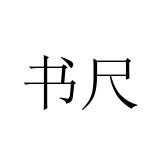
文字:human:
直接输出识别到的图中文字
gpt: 书尺